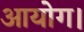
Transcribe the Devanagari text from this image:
आयोग।